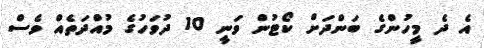
އެ ދެ މީހުންގެ ބަންދަށް ކޯޓުން ވަނީ 10 ދުވަހުގެ މުއްދަތެއް ވެސް